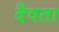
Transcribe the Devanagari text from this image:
दैवता